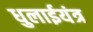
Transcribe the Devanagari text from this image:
धुलाईयंत्र